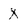
Character: x